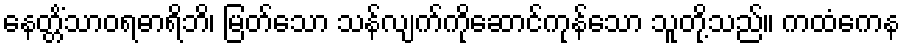
နေတ္တိံသာဝရဓာရိဘိ၊ မြတ်သော သန်လျက်ကိုဆောင်ကုန်သော သူတို့သည်။ ကထံကေန